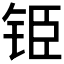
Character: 𮸅